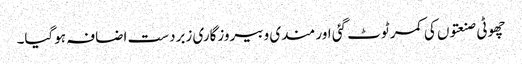
چھوٹی صنعتوں کی کمر ٹوٹ گئی اور مندی و بیروزگاری زبردست اضافہ ہوگیا۔